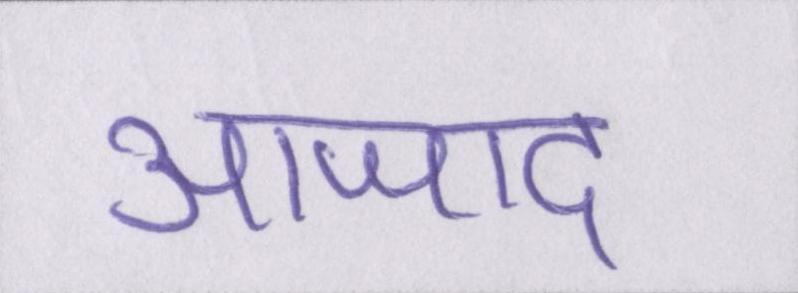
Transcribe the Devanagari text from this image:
आजाद